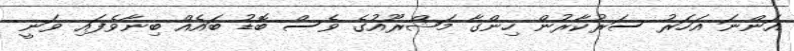
އަންނަ އަހަރު ސަރުކާރުން ހިންގާ މަޝްރޫއުގެ ވެސް ބޮޑު ބައެއް ބިނާވެފައި ވަނީ